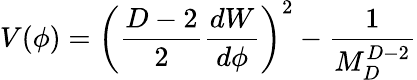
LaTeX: V(\phi)=\left({\frac{D-2}{2}}{\frac{dW}{d\phi}}\right)^{2}-{\frac{1}{M_{D}^{D-2}}}